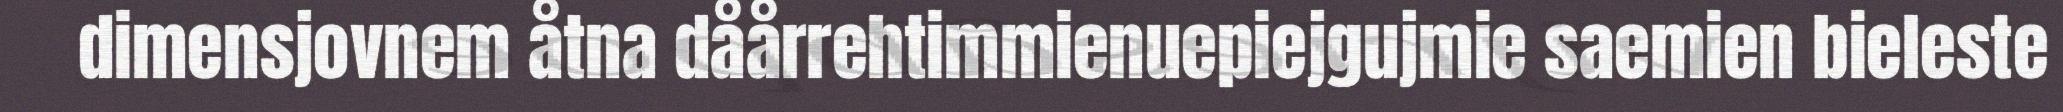
dimensjovnem åtna dåårrehtimmienuepiejgujmie saemien bieleste